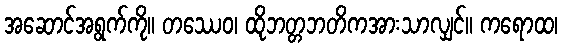
အဆောင်အရွက်ကို။ တဿေဝ၊ ထိုဘတ္တဘတိကအားသာလျှင်။ ကရောထ၊